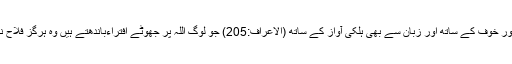
اس کو اچھے ہی ناموں سے پکارو (الاعراف:180) رب کو صبح و شام یاد کیا کرو دل ہی دل میں اور خوف کے ساتھ اور زبان سے بھی ہلکی آواز کے ساتھ (الاعراف:205) جو لوگ اللہ پر جھوٹے افتراءباندھتے ہیں وہ ہرگز فلاح نہیں پاسکتے (سورة یونس:69) اُس شخص سے بڑھ کر ظالم اور کون ہوگا جو اللہ پر جھوٹ گھڑے؟